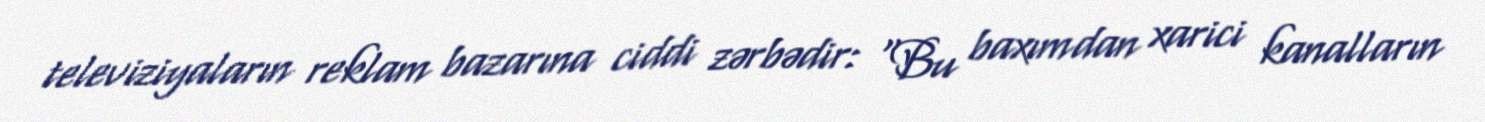
televiziyaların reklam bazarına ciddi zərbədir: “Bu baxımdan xarici kanalların